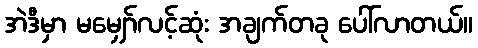
အဲဒီမှာ မမျှော်လင့်ဆုံး အချက်တခု ပေါ်လာတယ်။